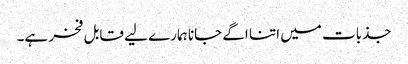
جذبات میں اتنا اگے جانا ہمارے لیے قابل فخر ہے۔